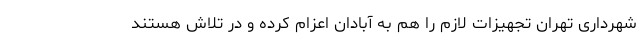
شهرداری تهران تجهیزات لازم را هم به آبادان اعزام کرده و در تلاش هستند